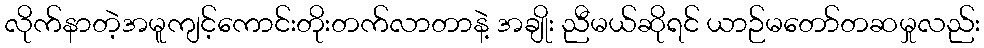
လိုက်နာတဲ့အမူကျင့်ကောင်းတိုးတက်လာတာနဲ့ အချိုး ညီမယ်ဆိုရင် ယာဉ်မတော်တဆမှုလည်း